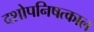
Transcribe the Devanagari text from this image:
दशोपनिषत्काल